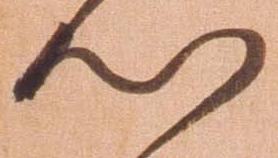
心